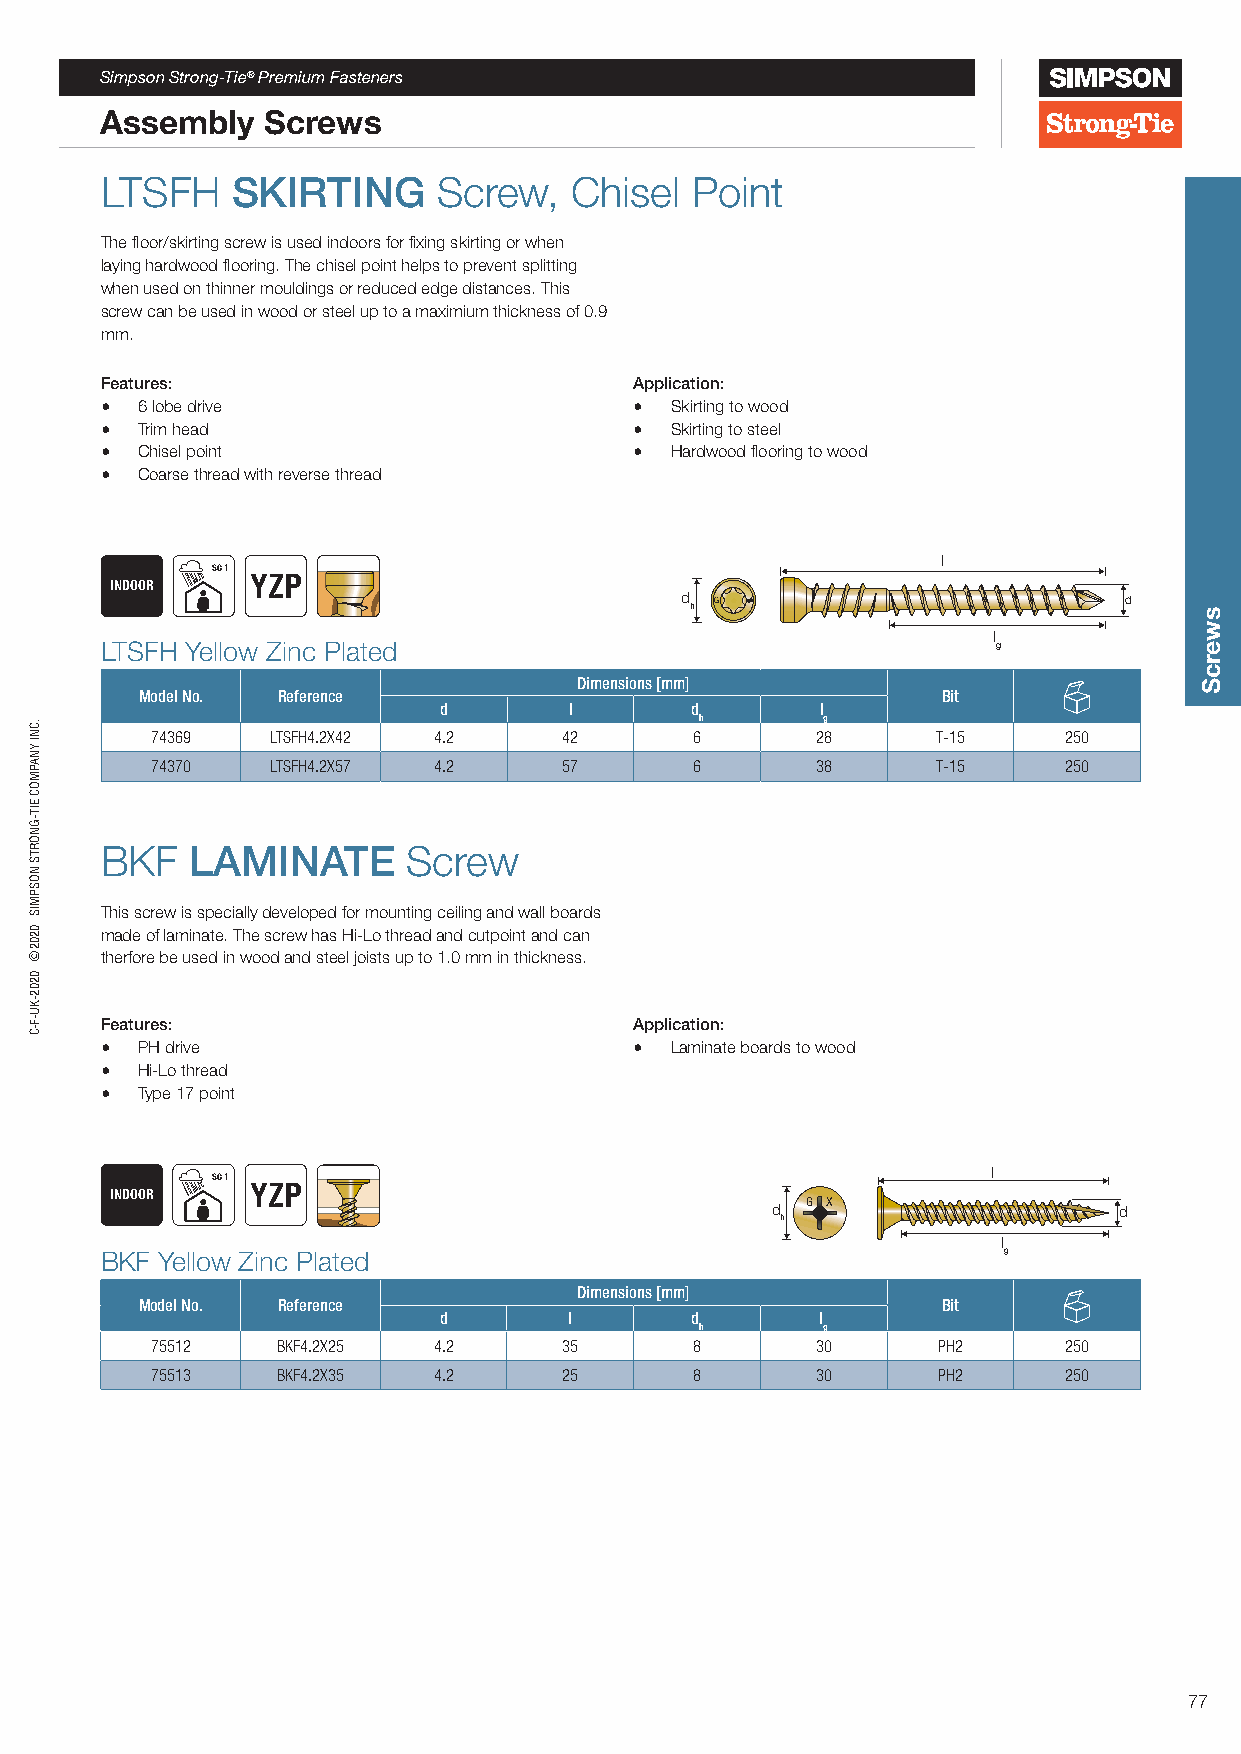
Simpson Strong-Tie® Premium Fasteners
 Assembly  Screws
 LTSFH   SKIRTING      Screw,   Chisel  Point
 The floor/skirting screw is used indoors for fixing skirting or when
 laying hardwood flooring. The chisel point helps to prevent splitting
 when used on thinner mouldings or reduced edge distances. This
 screw can be used in wood or steel up to a maximium thickness of 0.9
 mm.
 Features:                          Application:
 • 6 lobe drive                     • Skirting to wood
 • Trim head                        • Skirting to steel
 • Chisel point                     • Hardwood flooring to wood
 • Coarse thread with reverse thread
 l
 SC 1
 INDOOR    YZP
 d h G                        d
 l
 LTSFH Yellow Zinc Plated                                   g
 Dimensions [mm]
 Model No. Reference                                  Bit
 d        l       d       l
 h       g
 74369   LTSFH4.2X42 4.2    42       6       28      T-15    250
 74370   LTSFH4.2X57 4.2    57       6       38      T-15    250
 BKF   LAMINATE      Screw
 This screw is specially developed for mounting ceiling and wall boards
 made of laminate. The screw has Hi-Lo thread and cutpoint and can
 therfore be used in wood and steel joists up to 1.0 mm in thickness.
 Features:                          Application:
 • PH drive                         • Laminate boards to wood
 • Hi-Lo thread
 • Type 17 point
 l
 SC 1
 INDOOR    YZP
 d G X                  d
 h
 l
 BKF Yellow Zinc Plated                                     g
 Dimensions [mm]
 Model No. Reference                                  Bit
 d        l       d       l
 h       g
 75512   BKF4.2X25  4.2     35       8       30      PH2     250
 75513   BKF4.2X35  4.2     25       8       30      PH2     250
 77
 .CNI
 YNAPMOC
 EIT-GNORTS
 NOSPMIS
 0202©
 0202-KU-F-C
 GG
 G
 X
 swercS